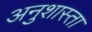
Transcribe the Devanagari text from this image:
अनुशास्ता